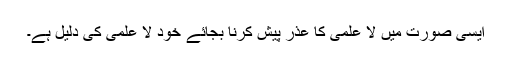
ایسی صورت میں لا علمی کا عذر پیش کرنا بجائے خود لا علمی کی دلیل ہے۔